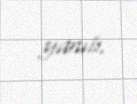
yanıb.